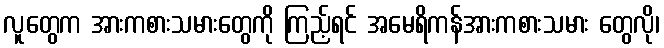
လူတွေက အားကစားသမားတွေကို ကြည့်ရင် အမေရိကန်အားကစားသမား တွေလို၊